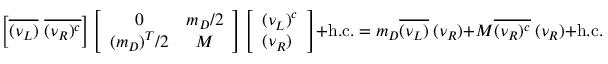
\left[ \overline { { { ( \nu _ { L } ) } } } \ \overline { { { ( \nu _ { R } ) ^ { c } } } } \right] \left[ \begin{array} { c c } { { 0 } } & { { m _ { D } / 2 } } \\ { { ( m _ { D } ) ^ { T } / 2 } } & { { M } } \end{array} \right] \left[ \begin{array} { c } { { ( \nu _ { L } ) ^ { c } } } \\ { { ( \nu _ { R } ) \ } } \end{array} \right] + \mathrm { h . c . } = m _ { D } \overline { { { ( \nu _ { L } ) } } } \ ( \nu _ { R } ) + M \overline { { { ( \nu _ { R } ) ^ { c } } } } \ ( \nu _ { R } ) + \mathrm { h . c . } ,